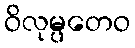
ဝိလုမ္ပတေဝ